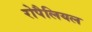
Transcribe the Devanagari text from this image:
रोपैलियल